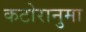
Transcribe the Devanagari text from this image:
कटोरानुमा